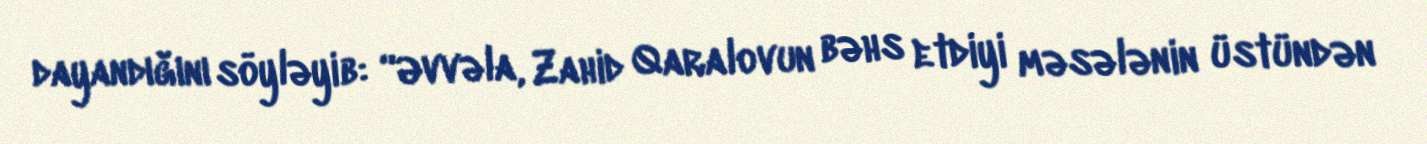
dayandığını söyləyib: “Əvvəla, Zahid Qaralovun bəhs etdiyi məsələnin üstündən